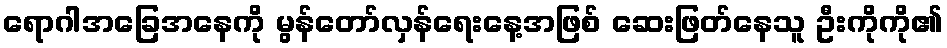
ရောဂါအခြေအနေကို မွန်တော်လှန်ရေးနေ့အဖြစ် ဆေးဖြတ်နေသူ ဦးကိုကို၏